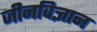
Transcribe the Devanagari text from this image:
जीनविज्ञान